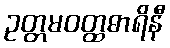
ဥတ္တမဝတ္ထဓာရိနီ